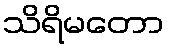
သိရိမတော